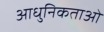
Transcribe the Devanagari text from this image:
आधुनिकताओं